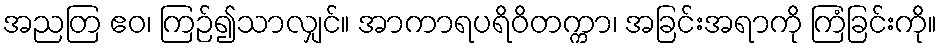
အညတြ ဧဝ၊ ကြဉ်၍သာလျှင်။ အာကာရပရိဝိတက္ကာ၊ အခြင်းအရာကို ကြံခြင်းကို။